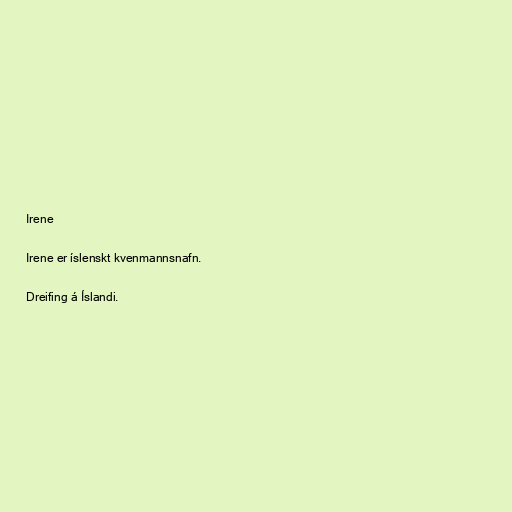
Irene

Irene er íslenskt kvenmannsnafn.

Dreifing á Íslandi.